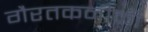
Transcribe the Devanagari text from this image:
गैरतकनीकी